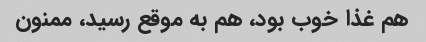
هم غذا خوب بود، هم به موقع رسید، ممنون